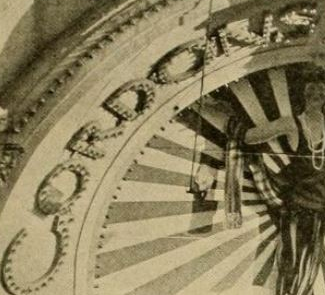
CORDONS